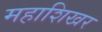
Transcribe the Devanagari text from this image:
महाशिखर